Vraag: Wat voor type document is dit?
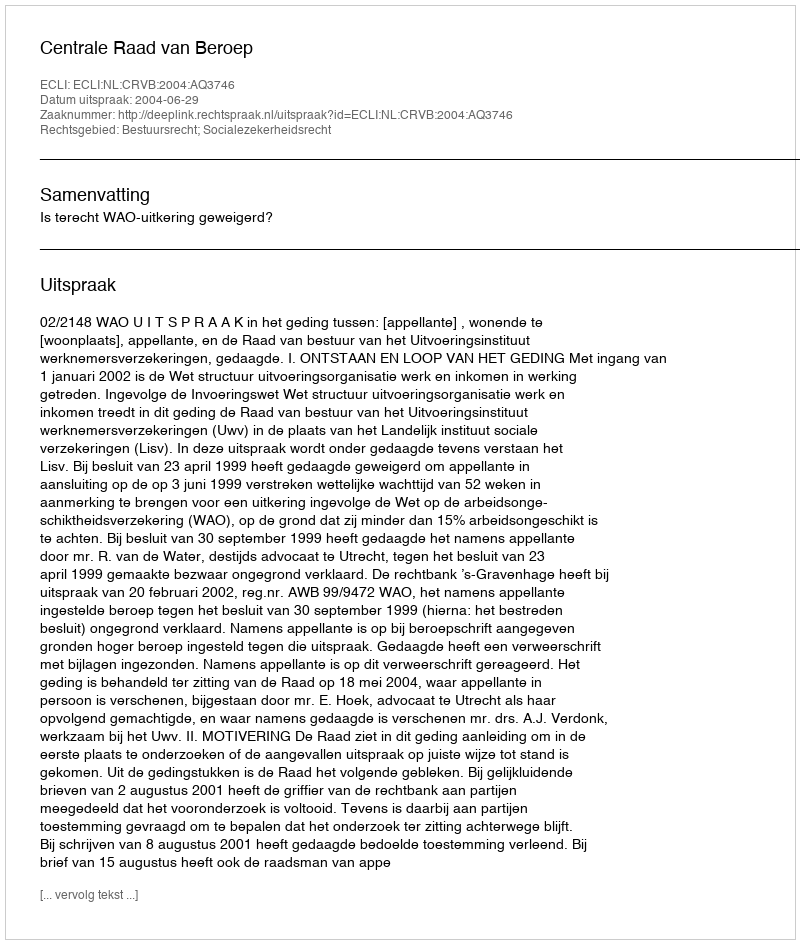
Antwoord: Uitspraak